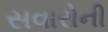
સવારોની